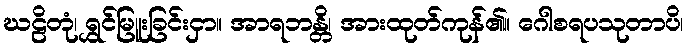
ဃဠိတုံ၊ ရွှင်မြူးခြင်းငှာ။ အာရဘန္တိ၊ အားထုတ်ကုန်၏။ ဂေါစရပသုတာပိ၊